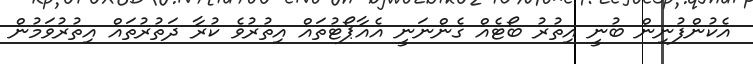
އެކުންފުނިން ބުނީ އިތުރު ބޯޓެއް ގެންނަނީ އެއާޕޯޓުތައް އިތުރުވެ ކުރާ ދަތުރުތައް އިތުރުވަމުން